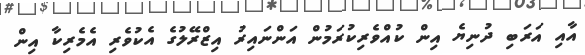
އާއި އަރަބި ދުނިޔެ އިން ކުއްވެރިކުރަމުން އަންނައިރު އިޒްރޭލުގެ އެކުވެރި އެމެރިކާ އިން